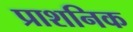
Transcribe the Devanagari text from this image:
प्राशनिक